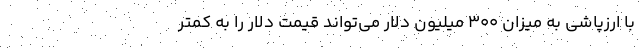
با ارزپاشی به میزان ۳۰۰ میلیون دلار می‌تواند قیمت دلار را به کمتر